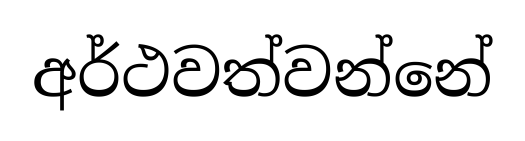
අර්ථවත්වන්නේ